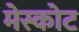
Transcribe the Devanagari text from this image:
मेस्कोट